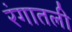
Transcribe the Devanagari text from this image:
रंगातली